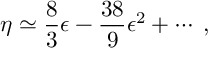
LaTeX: \eta \simeq \frac { 8 } { 3 } \epsilon - \frac { 3 8 } { 9 } \epsilon ^ { 2 } + \cdots \; ,